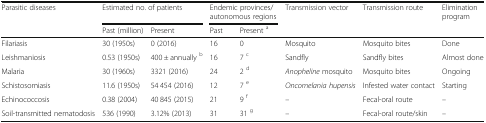
| <ROWSPAN=2> Parasitic diseases | <COLSPAN=2> Estimated no. of patients | <COLSPAN=2> Endemic provinces/autonomous regions | <ROWSPAN=2> Transmission vector | <ROWSPAN=2> Transmission route | <ROWSPAN=2> Elimination program |
 | Past (million) | Present | Past | Present a |
 | --- | --- | --- | --- | --- | --- | --- | --- |
 | Filariasis | 30 (1950s) | 0 (2016) | 16 | 0 | Mosquito | Mosquito bites | Done |
 | Leishmaniosis | 0.53 (1950s) | 400 ± annually b | 16 | 7 c | Sandfly | Sandfly bites | Almost done |
 | Malaria | 30 (1960s) | 3321 (2016) | 24 | 2 d | Anopheline mosquito | Mosquito bites | Ongoing |
 | Schistosomiasis | 11.6 (1950s) | 54 454 (2016) | 12 | 7 e | Oncomelania hupensis | Infested water contact | Starting |
 | Echinococcosis | 0.38 (2004) | 40 845 (2015) | 21 | 9 f | – | Fecal-oral route | – |
 | Soil-transmitted nematodosis | 536 (1990) | 3.12% (2013) | 31 | 31 g | – | Fecal-oral route/skin | – |